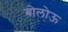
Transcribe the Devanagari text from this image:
बोलोऊ